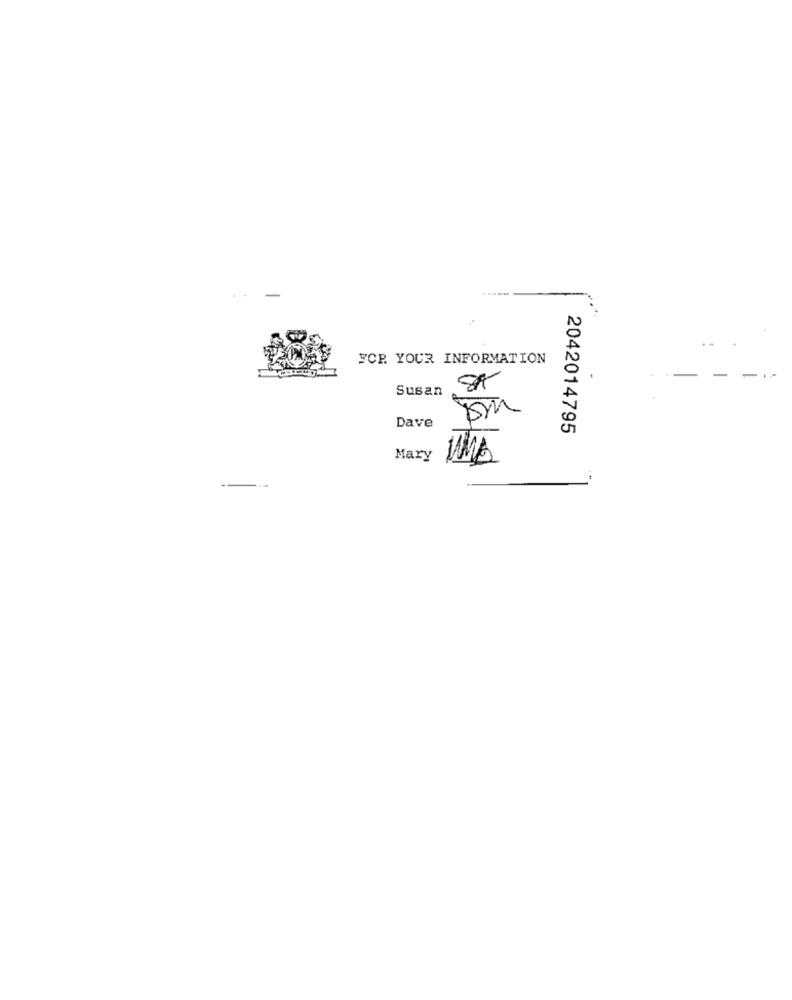
FCP. YOUR INFORMATION
Susan
Dave
2042014795
Mary